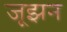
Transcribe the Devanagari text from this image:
जूझन